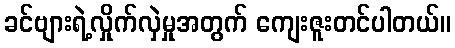
ခင်ဗျားရဲ့လှိုက်လှဲမှုအတွက် ကျေးဇူးတင်ပါတယ်။